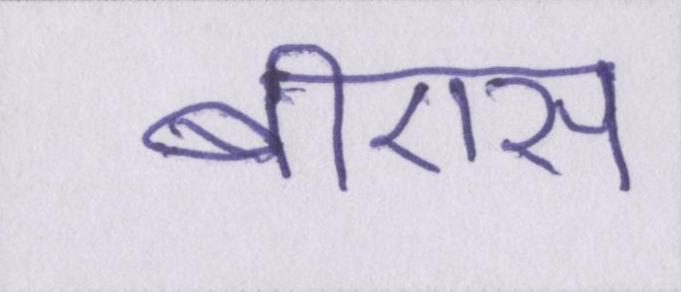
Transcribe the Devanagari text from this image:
बीएस